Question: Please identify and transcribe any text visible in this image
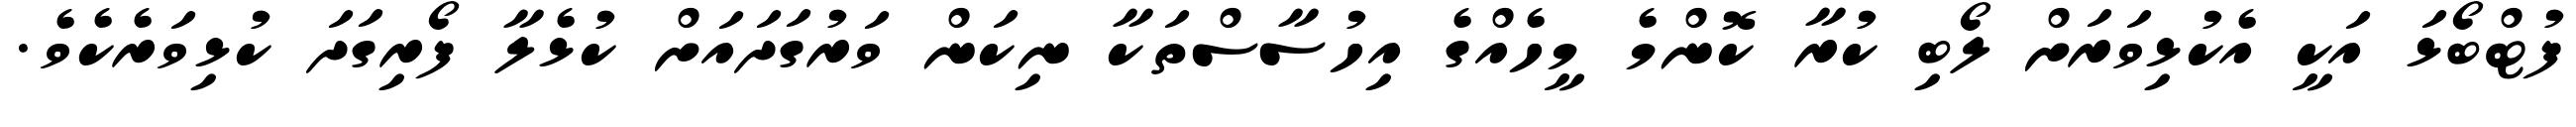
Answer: ފުޓްބޯޅަ އަކީ އެކުޅިވަރަށް ލޯބި ކުރާ ކޮންމެ މީހެއްގެ އިހުސާސްތަކާ ނިކަން ވަރުގަދައަށް ކުޅެލާ ފޯރިގަދަ ކުޅިވަރެކެވެ.